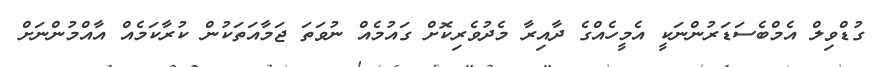
ގުޑްވިލް އެމްބެސަޑަރުންނަކީ އެމީހެއްގެ ދާއިރާ މެދުވެރިކޮށް ގައުމެއް ނުވަތަ ޖަމާއަތަކުން ކުރާކަމެއް އާއްމުންނަށް